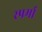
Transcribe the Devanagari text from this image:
स्पर्मा